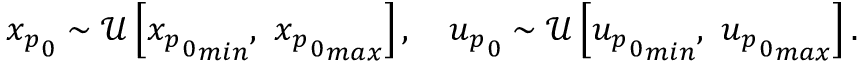
\begin{array} { r } { { x _ { p } } _ { 0 } \sim \mathcal { U } \left[ { { x _ { p } } _ { 0 } } _ { m i n } , \ { { x _ { p } } _ { 0 } } _ { m a x } \right] , \ \ \ { u _ { p } } _ { 0 } \sim \mathcal { U } \left[ { { u _ { p } } _ { 0 } } _ { m i n } , \ { { u _ { p } } _ { 0 } } _ { m a x } \right] . } \end{array}